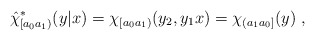
\begin{align*}\hat{\chi}^*_{[a_0a_1)} (y|x) = \chi_{[a_0a_1)} (y_2,y_1 x) = \chi_{(a_1a_0]}(y) \ ,\end{align*}